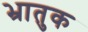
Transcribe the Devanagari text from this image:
भ्रातुक